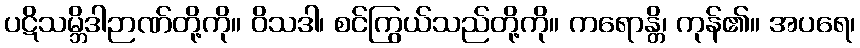
ပဋိသမ္ဘိဒါဉာဏ်တို့ကို။ ဝိသဒါ၊ စင်ကြွယ်သည်တို့ကို။ ကရောန္တိ၊ ကုန်၏။ အပရေ၊